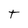
Character: T